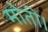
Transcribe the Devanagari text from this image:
मोती।